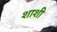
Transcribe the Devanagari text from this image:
शाशी